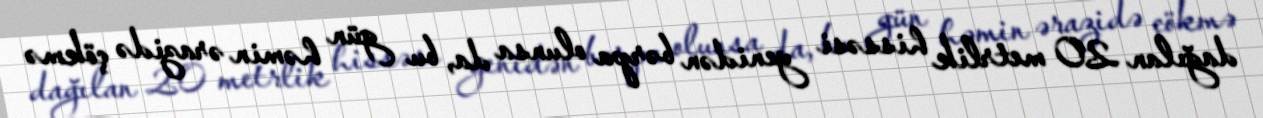
dağılan 20 metrlik hissəsi yenidən bərpa olunsa da, bu gün həmin ərazidə çökmə